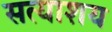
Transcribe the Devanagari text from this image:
सत्याशय